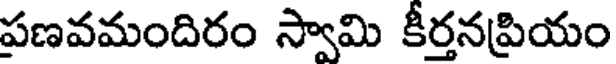
పణవమందిరం స్వామి కీర్తనప్రియం